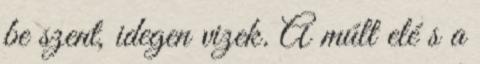
be szent, idegen vizek. A múlt elé s a